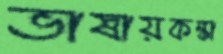
ভাষায়কঙ্কা